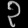
Digit: ၃